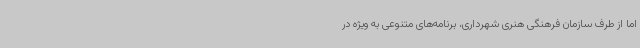
اما از طرف سازمان فرهنگی هنری شهرداری، برنامه‌های متنوعی به ویژه در